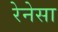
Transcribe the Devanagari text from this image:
रेनेसा